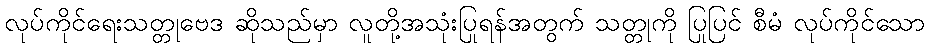
လုပ်ကိုင်ရေးသတ္တုဗေဒ ဆိုသည်မှာ လူတို့အသုံးပြုရန်အတွက် သတ္တုကို ပြုပြင် စီမံ လုပ်ကိုင်သော